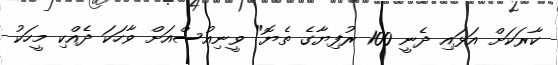
ކާރަކަށް އަޅައި ދެނީ 100 ރުފިޔާގެ ތެޔޮ" ވީނިއުސްއަށް ވާހަކަ ދެއްކި މީހަކު